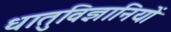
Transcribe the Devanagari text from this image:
धातुविज्ञानियों